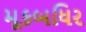
મૂકબધિર